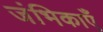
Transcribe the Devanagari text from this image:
जंभिकाएँ